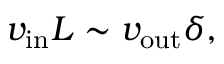
v _ { \mathrm { i n } } L \sim v _ { \mathrm { o u t } } \delta ,